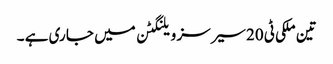
تین ملکی ٹی 20سیرسز ویلنگٹن میں جا ری ہے ۔